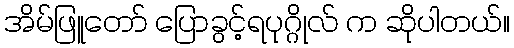
အိမ်ဖြူတော် ပြောခွင့်ရပုဂ္ဂိုလ် က ဆိုပါတယ်။